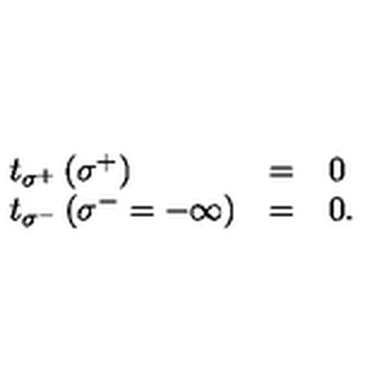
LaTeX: \begin{array} { l c l } { t _ { \sigma ^ { + } } \left( \sigma ^ { + } \right) } & { = } & { 0 } \\ { t _ { \sigma ^ { - } } \left( \sigma ^ { - } = - \infty \right) } & { = } & { 0 . } \\ \end{array}